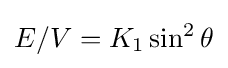
\displaystyle E/V=K_{1}\sin ^{2}\theta